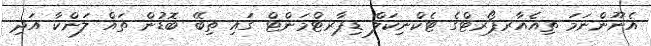
އެނޫންނަމަ ތިއެއާރޕޯރޓްގެ ޓެކްނިކަލް ޑިޕާރޓްމަންޓް ގައި ތިބޭ ބޮޑުން ތައް ލަންކާ އަދި